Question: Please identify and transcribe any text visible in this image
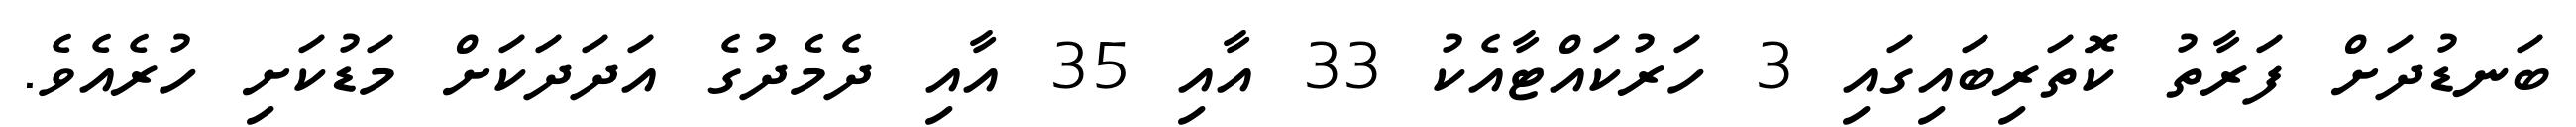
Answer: ބަނޑުދަށް ފަރާތު ކޮަތަރިބައިގައި 3 ހަރުކައްޓާއެކު 33 އާއި 35 އާއި ދެމެދުގެ އަދަދަކަށް މަޑުކަށި ހުރެއެވެ.